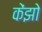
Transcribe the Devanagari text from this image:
केंझो